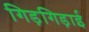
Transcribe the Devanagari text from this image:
गिड़गिड़ाई